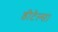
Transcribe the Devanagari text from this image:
डीटेल्स।